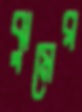
ঝুমের